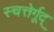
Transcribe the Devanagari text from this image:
स्चत्तेर्गूद्